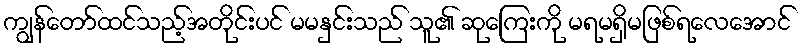
ကျွန်တော်ထင်သည့်အတိုင်းပင် မမနှင်းသည် သူ၏ ဆုကြေးကို မရမရှိမဖြစ်ရလေအောင်